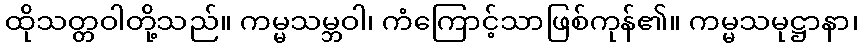
ထိုသတ္တဝါတို့သည်။ ကမ္မသမ္ဘဝါ၊ ကံကြောင့်သာဖြစ်ကုန်၏။ ကမ္မသမုဋ္ဌာနာ၊